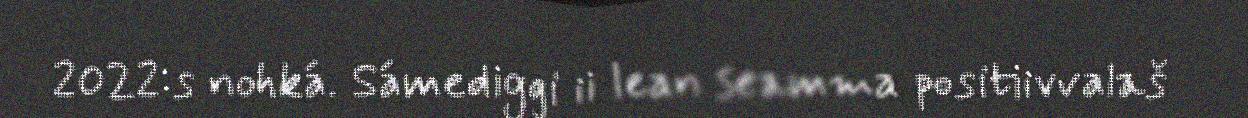
2022:s nohká. Sámediggi ii lean seamma positiivvalaš